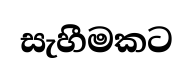
සැහීමකට